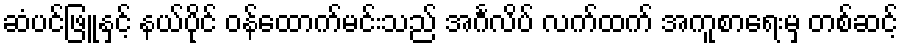
ဆံပင်ဖြူနှင့် နယ်ပိုင် ဝန်ထောက်မင်းသည် အင်္ဂလိပ် လက်ထက် အကူစာရေးမှ တစ်ဆင့်